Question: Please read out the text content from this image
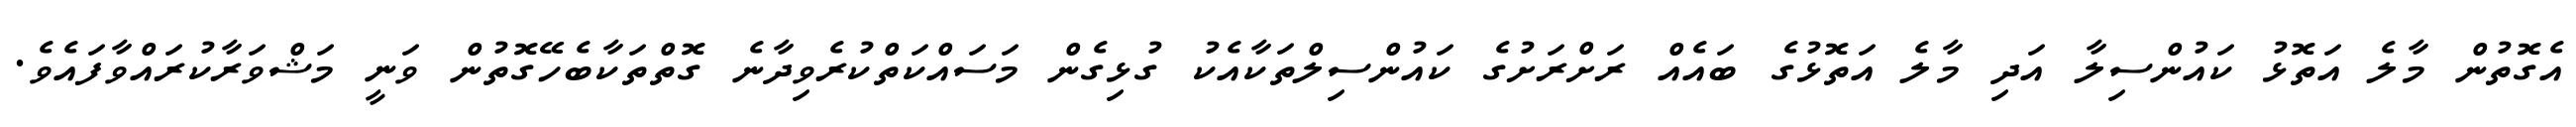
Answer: އެގޮތުން މާލެ އަތޮޅު ކައުންސިލާ އަދި މާލެ އަތޮޅުގެ ބައެއް ރަށްރަށުގެ ކައުންސިލްތަކާއެކު ގުޅިގެން މަސައްކަތްކުރެވިދާނެ ގޮތްތަކާބެހޭގޮތުން ވަނީ މަޝްވަރާކުރައްވާފައެވެ.